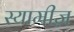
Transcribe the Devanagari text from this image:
स्यामीज़